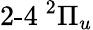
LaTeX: {\operatorname{2-4}}\phantom{A}\! \! \! ^{2}\Pi_{u}